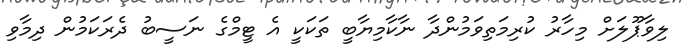
ލިވާޕޫލަށް މިހާރު ކުރިމަތިވަމުންދާ ނާކާމިޔާބީ ތަކަކީ އެ ޓީމްގެ ނަސީބު ދެރަކަމުން ދިމާވި